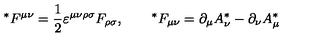
{ } ^ { * } F ^ { \mu \nu } = \frac 1 2 \varepsilon ^ { \mu \nu \rho \sigma } F _ { \rho \sigma } , \qquad { } ^ { * } F _ { \mu \nu } = \partial _ { \mu } A _ { \nu } ^ { * } - \partial _ { \nu } A _ { \mu } ^ { * }